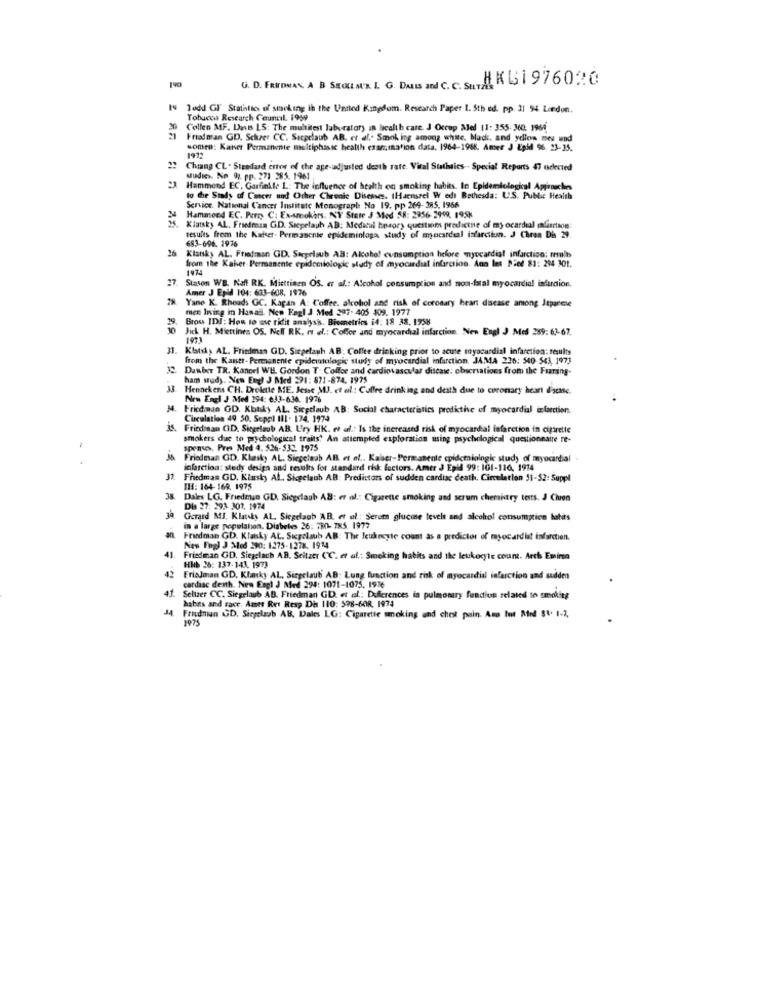
G. D. FRITOMAN, A B SKOLLM'R. L. G. DALLS and C. C. S.TAKSI 976020
I Todd GF Statistics of smoking ih the United Kingdom. Research Paper 1. 5th ed. pp. 31 94 Lcedon.
Tobuccs Research Council. 1959
Collen MF. Dasts LS: The multitest laboratory in health care. J Occup Med 11: 355- 360. 1964
Friadman GD. Schrer CC. Siepelaub AB. et al .. Smoking among white, Mack, and yellow meu und
someo: Kaner Permanente moltiphasic health examination data, 1964-1968. Amer J Epid 96. 23-35.
1972
Chiang CL . Standard error of the age-adjusted death rate. Vital Statistics -- Special Reports 47 oselected
uudie>. No 97. pp. 271 285. 1961
Hammond EC, Garfinkle L: The influence of health on smoking habits. In Epidemiological Approaches
to the Study of Cancer and Other Chronic Diseases. IHaensrel W edi Bethesda: U.S. Public Health
Service. National Cancer Institute Monograph No 19. pp 264-285. 1966
24
Hammond EC. Pero C: Ex-smokers. NY State J Med 58: 2956-2949, 1958
Klatsky AL. Friedman G.D. Siepelaub AB: Medical hestory questions predictne of myocardial aliertaon:
results from the Kafer- Permanente epidemiologa study of myocardial isfarciun. J Chron Dis 29.
683-696. 1976
26
26 Kisnky AL. Friedman GD. Surprlaub AB: Alcohol consumption before myocardial infarction; nemulb
from the Kaher-Permanente epidemiologic study of myocardial infarction. Ano les Pied 81: 294 301.
1974
27.
Stason WB. Naft RK. Miettinen OS. et al .: Alcohol consumption and non-fatal myocardial infarction.
Amer J Epid 104: 603-608. 1976
28.
Yane K. Rheads GC. Kaçan A: Coffee. alcohol and risk of coronary heart disease among Japanese
men Ining in Hanas. New Fagl J Med 297- 405 409. 1977
39.
Brou IDJ: How to sse ridit analysis. Biometrics i4: 18 38. 1758
10
Jick H. Miettines OS. Nel RK. o el .: Coffee and myocardial infarction. Nen Engl J Med 289: 6.1-67.
1973
31. KIstsAs AL. Friedman GD. Siegelagh AB: Coffee drinking prior to acute myocardial infarction: results
from the Kantt-Permanente epidemiologic study of myocardial infarction, JAMA 226: 540-543, 1973
Danber TR. Kancel WE. Gordon T. Coffee and cardiovascular disease: observations from the Fuariing-
ham study. Non Engl J Med 291: 871-874. 1975
33. Hennekens CH. Drokette ME. Jesse MIJ. et al: Coffre drinking and death due to coronary heart diquase.
New Engl J Med 294: 633-636. 1976
Friedman GD. Kbtsky AL. Sicglaub AB: Social characteristics predictive of myocardial infarction.
Circulation 49 50. Seppi III . 174. 1974
35. Friedman CID. Siegeloub AB. Ury HK. es al .: Is the increased risk of myocardial infarction in cigarette
smokers due to prychological traits. An attempted exploration using psychological questionnaire re-
spenses. Pres Med 4. 526-532. 1975
is
Friedman GD. Klasky AL. Siecelaab AB. et al .. Kasser-Permanente epidemiologic study of myocardial -
infarction: stedy design and results for standard risk factors. Amer J Epid 99: 101-116, 1914
32.
Friedman GD. Klusky AL. Sigelauh AB: Predictors of sudden cardiac death. Circulation 51-52: Suppl
III: 164-169. 1975
38
Dales LG. Friedman GD. Sieglaub AB: et al .: Cigarette smoking and scrum chemistry tests. J Chron
Dis 27: 293- 307. 1974
Gerard MJ. Klateks AL, Siegelaub A.B. et al: Serum glucose levels and alcohol consumption lahits
in a large population. Diabeles 26: 730- 785. 1977
an
Friedman GD. Klasky AL. Sicpslaub AB: The leukocyte count as a predictor of myocardial infarction.
New Fugl J Med 290: 1275-1278. 1914
41
Friedman GD. Siegelach AB. Seitztr CC. et al .: Smoking habits and the leukocyte count. Arch Emine
HIb 26: 137-143. 1973
42
FriaJman GD. Klasky Al ., Sirgelaut' AB: Lung function and risk of myocardial infarction and sudden
cardiac death. Nem Engl J Med 294: 1071-1075, 1976
41. Seltzer CC. Sieglaub AB. Friedman GD. et al .: Differences in pulmonary fendion related to smoking
habits and race. Amet Ret Resp Dis 110: 578-60R. 1974
Frisdnian GD. Siegelab AB. Dales LG: Cigarette smoking and chest pain. Ama Iot Med $1. 1-7,
1975